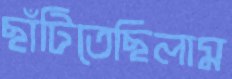
ছাঁটিতেছিলাম